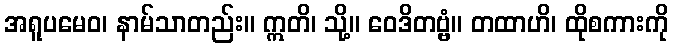
အရူပမေဝ၊ နာမ်သာတည်း။ ဣတိ၊ သို့။ ဝေဒိတဗ္ဗံ။ တထာဟိ၊ ထိုစကားကို